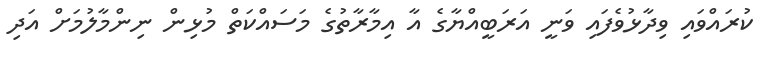
ކުރައްވައި ވިދާޅުވެފައި ވަނީ އަރަބީއްޔާގެ އާ އިމާރާތުގެ މަސައްކަތް މުޅިން ނިންމާލުމަށް އަދި